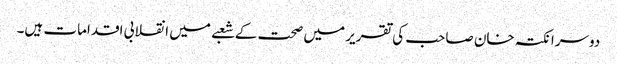
دوسرا نکتہ خان صاحب کی تقریر میں صحت کے شعبے میں انقلابی اقدامات ہیں۔